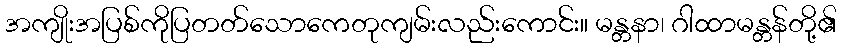
အကျိုးအပြစ်ကိုပြတတ်သောကေတုကျမ်းလည်းကောင်း။ မန္တနာ၊ ဂါထာမန္တန်တို့၏